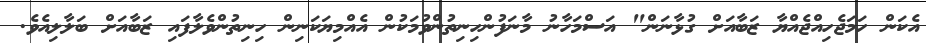
އެކަން ހަމަޖެހިއްޖެއްޔާ ޒަބާއަށް ގުޅާނަން" އަސްމަހާނު މާނަފުންހިނިތުންވުމަކުން އެއްމިޔަކަނިން ހިނިތުންވެލާފައި ޒަބާއަށް ބަލާލިއެވެ.